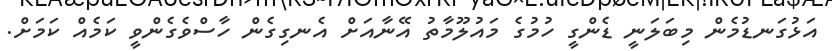
އަޅުގަނޑުމެން މިބަލަނީ ޑެންގީ ހުމުގެ މައުލޫމާތު އޭނާއަށް އެނގިގެން ހާސްވެގެންވީ ކަމެއް ކަމަށް.